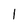
Character: 1